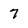
Character: 7